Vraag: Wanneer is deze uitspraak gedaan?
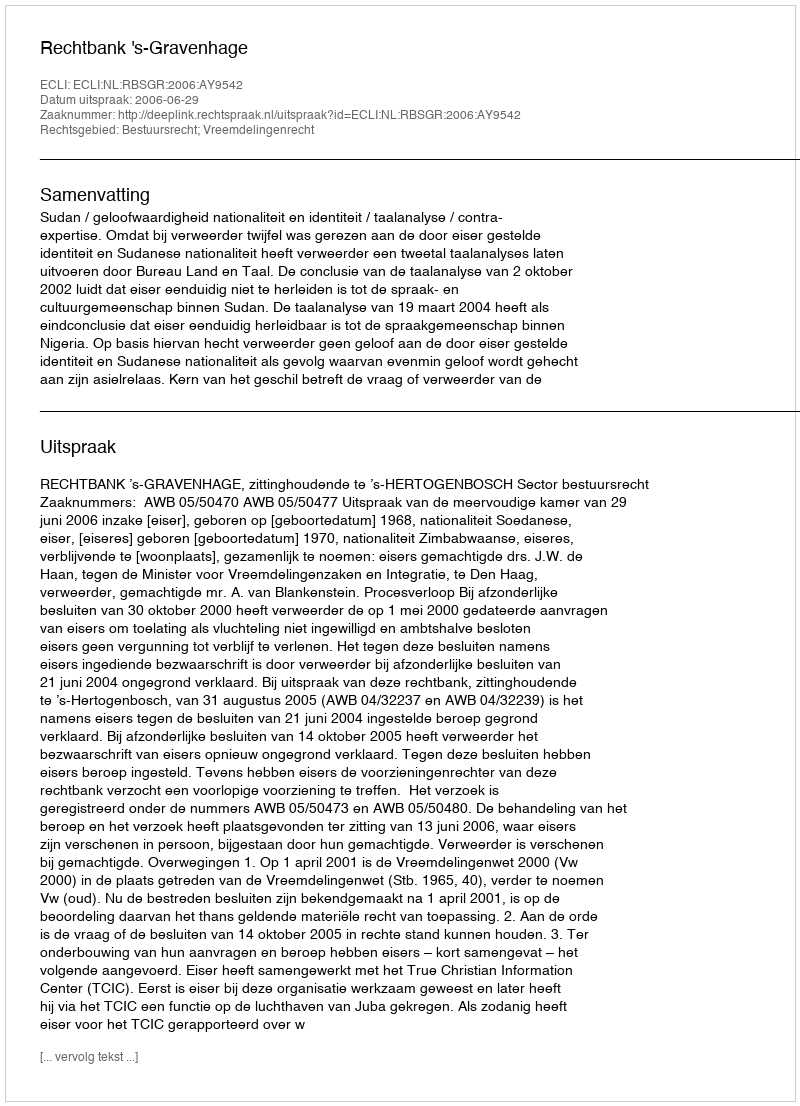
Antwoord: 2006-06-29